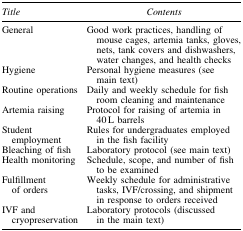
| Title | Contents |
 | --- | --- |
 | General | Good work practices, handling of mouse cages, artemia tanks, gloves, nets, tank covers and dishwashers, water changes, and health checks |
 | Hygiene | Personal hygiene measures (see main text) |
 | Routine operations | Daily and weekly schedule for fish room cleaning and maintenance |
 | Artemia raising | Protocol for raising of artemia in 40 L barrels |
 | Student employment | Rules for undergraduates employed in the fish facility |
 | Bleaching of fish | Laboratory protocol (see main text) |
 | Health monitoring | Schedule, scope, and number of fish to be examined |
 | Fulfillment of orders | Weekly schedule for administrative tasks, IVF/crossing, and shipment in response to orders received |
 | IVF and cryopreservation | Laboratory protocols (discussed in the main text) |